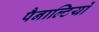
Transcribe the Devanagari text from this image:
पैनाल्टियों